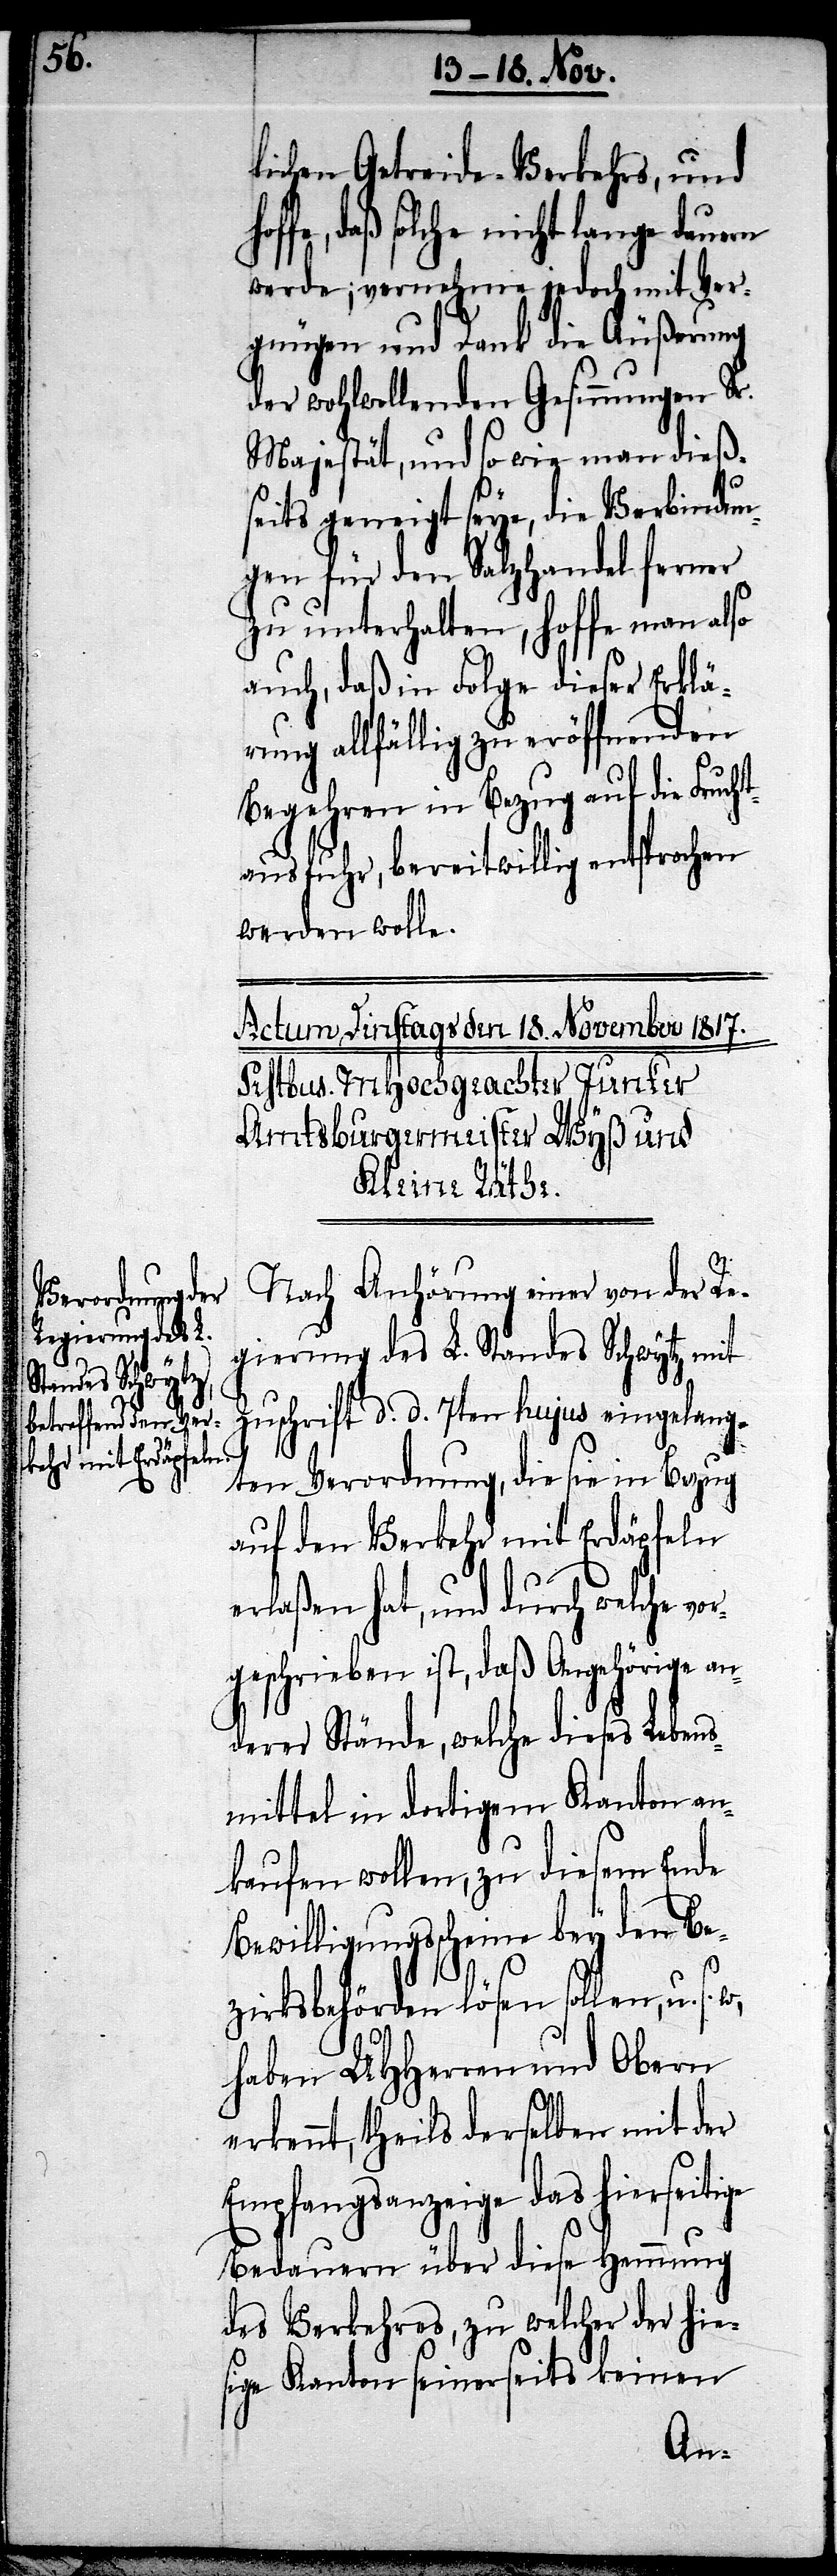
lichen Getreide-Verkehrs, und
daß solche nicht lange dauern
werde, vernehme jedoch mit Ver¬
gnügen und Dank die Äußerung
der wohlwollenden Gesinnungen Sr.
Majestät, und so wie man dieß¬
seits geneigt seye, die Verbindun¬
gen für den Salzhandel ferner
zu unterhalten, hoffe man also
auch, daß in Folge dieser Erklä¬
rung allfällig zu eröffnenden
Begehren in Bezug auf die Frucht¬
ausfuhr, bereitwillig entsprochen
werden wolle.
Nach Anhörung einer von der Re¬
gierung des L. Standes Schwytz mit
Zuschrift d. d. 7ten hujus eingelang¬
ten Verordnung, die sie in Bezug
auf den Verkehr mit Erdäpfeln
erlaßen hat, und durch welche vor¬
geschrieben ist, daß Angehörige an¬
derer Stände, welche dieses Leben¬
smittel in dortigem Kanton an¬
kaufen wollen, zu diesem Ende
Bewilligungsscheine bey den Be¬
zirksbehörden lösen sollen, u. s.
haben UHHerren und Obern
erkennt, theils derselben mit der
Empfangsanzeige das hierseitige
Bedauern über diese Hemmung
des Verkehrs, zu welcher der hie¬
sige Kanton seinerseits keinen